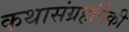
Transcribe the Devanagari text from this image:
कथासंग्रहांपैकी